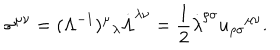
LaTeX: \sigma ^ { \mu \nu } = ( \Lambda ^ { - 1 } ) ^ { \mu } \hspace { 0 . 1 m m } _ { \lambda } \dot { \Lambda } ^ { \lambda \nu } = \frac { 1 } { 2 } \dot { \lambda } ^ { \rho \sigma } u _ { \rho \sigma } \hspace { 0 . 1 m m } ^ { \mu \nu } .